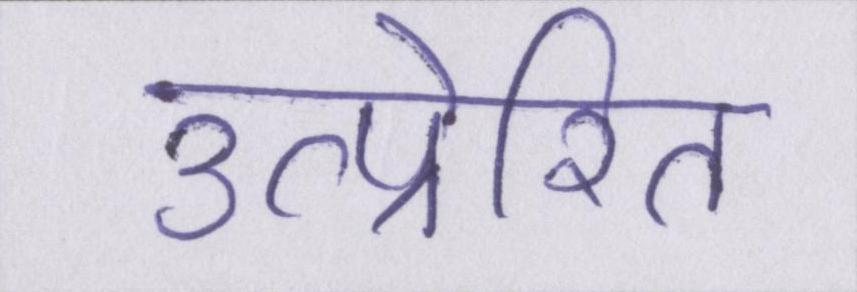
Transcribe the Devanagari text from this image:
उत्प्रेरित